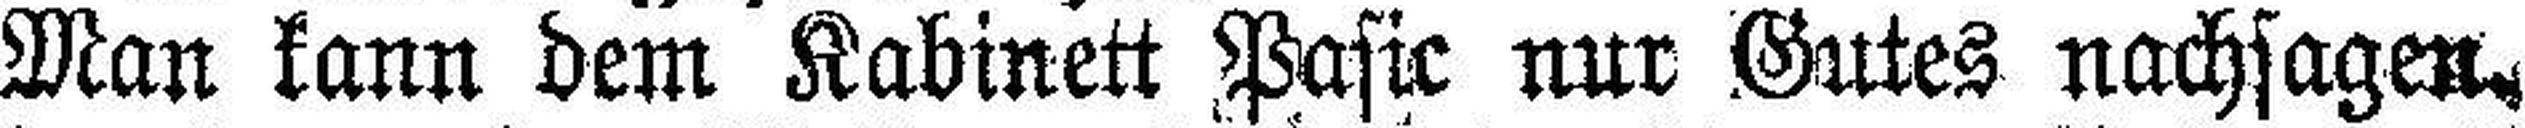
Man kann dem Kabinett Pasic nur Gutes nachsagen.